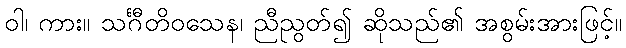
ဝါ၊ ကား။ သင်္ဂီတိဝသေန၊ ညီညွတ်၍ ဆိုသည်၏ အစွမ်းအားဖြင့်။